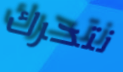
نتحرك